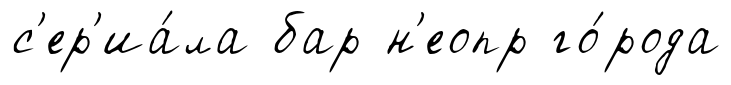
с'ер'иа́ла бар н'еопр го́рода